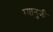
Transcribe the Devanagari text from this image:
ग्यानुजी